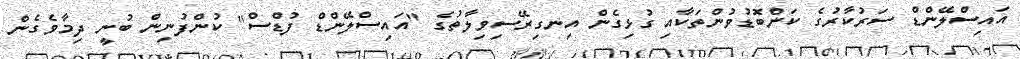
އައިސްލޭންޑް ސަރުކާރުގެ ކަންބޮޑުވުންތަކާއި ގުޅިގެން އިނގިރޭސިވިލާތުގެ "އައިސްލޭންޑް ފުޑްސް" ކުންފުނިން ބުނީ ދިމާވެގެން